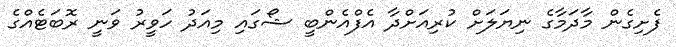
ފެށިގެން މާދަމާގެ ނިޔަލަށް ކުރިއަށްދާ އެފްއެންބީ ޝޯގައި މިއަދު ހަވީރު ވަނީ ރޮބަޓެއްގެ